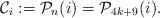
LaTeX: \begin{align*}\mathcal{C}_{i}: =\mathcal{P}_n(i)=\mathcal{P}_{4k+9}(i).\end{align*}